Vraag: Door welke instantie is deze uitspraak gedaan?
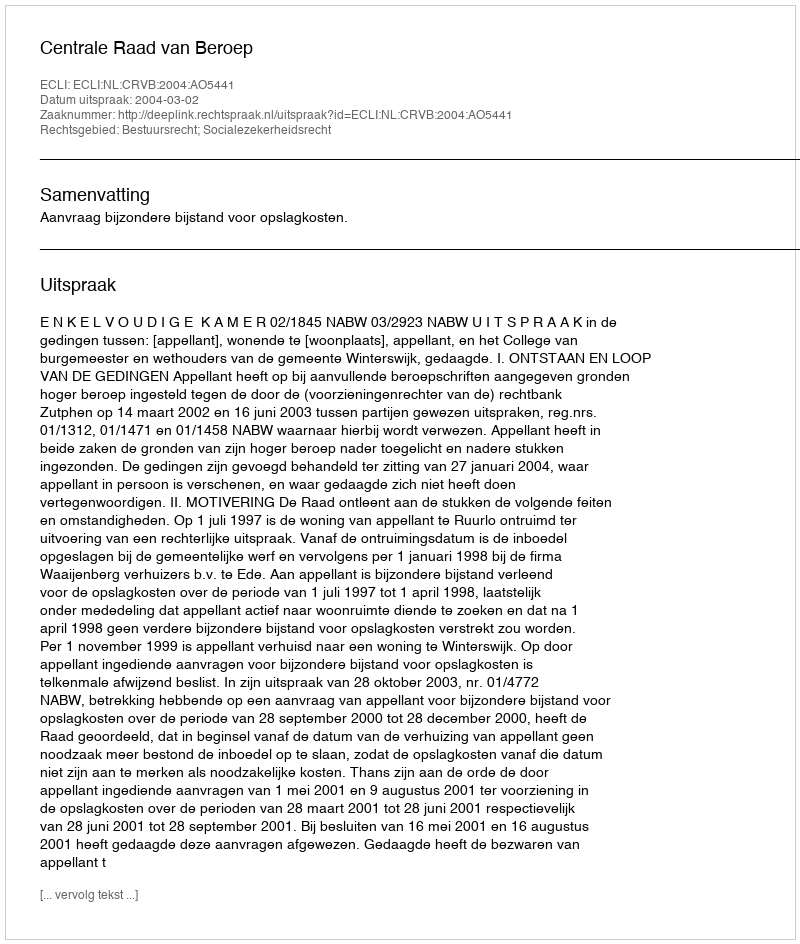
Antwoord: Centrale Raad van Beroep